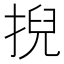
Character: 掜